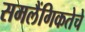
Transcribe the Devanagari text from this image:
समलैंगिकतेचे